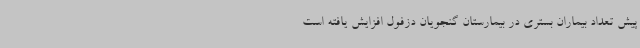
پیش تعداد بیماران بستری در بیمارستان گنجویان دزفول افزایش یافته است